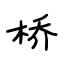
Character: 桥